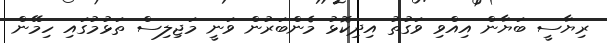
ރިޔާސީ ބަޔާން އިއްވި ވަގުތު އިދިކޮޅު މެންބަރުން ވަނީ މަޖިލިސް ތަޅުމުގައި ހިމޭން